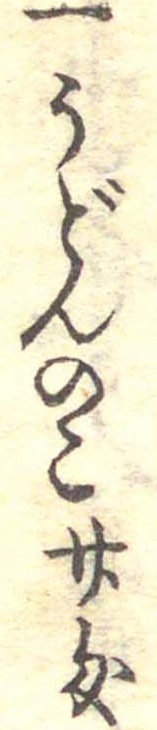
一うどんの粉廿匁